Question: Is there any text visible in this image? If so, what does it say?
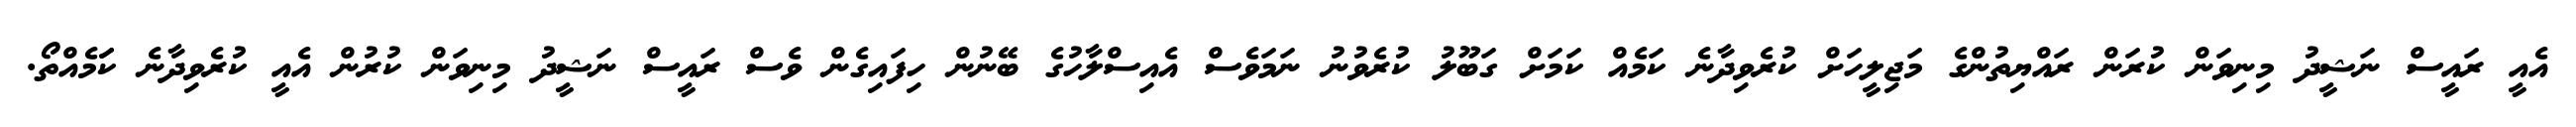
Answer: އެއީ ރައީސް ނަޝީދު މިނިވަން ކުރަން ރައްޔިތުންގެ މަޖިލީހަށް ކުރެވިދާނެ ކަމެއް ކަމަށް ގަބޫލު ކުރެވުނު ނަމަވެސް އެއިސްލާހުގެ ބޭނުން ހިފައިގެން ވެސް ރައީސް ނަޝީދު މިނިވަން ކުރުން އެއީ ކުރެވިދާނެ ކަަމެއްތޯ.